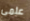
علمى